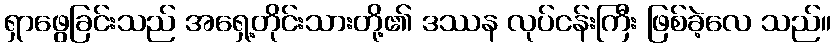
ရှာဖွေခြင်းသည် အရှေ့တိုင်းသားတို့၏ ဒဿန လုပ်ငန်းကြီး ဖြစ်ခဲ့လေ သည်။